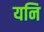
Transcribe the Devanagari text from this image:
यनि